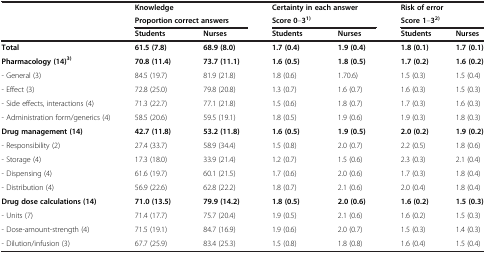
<table><thead><tr><td rowspan="2"></td><td colspan="2"><b>Knowledge</b></td><td colspan="2"><b>Certainty in each answer</b></td><td colspan="2"><b>Risk of error</b></td></tr><tr><td colspan="2"><b>Proportion correct answers</b></td><td colspan="2"><b>Score 0–3<sup>1)</sup></b></td><td colspan="2"><b>Score 1–3<sup>2)</sup></b></td></tr><tr><td></td><td><b>Students</b></td><td><b>Nurses</b></td><td><b>Students</b></td><td><b>Nurses</b></td><td><b>Students</b></td><td><b>Nurses</b></td></tr></thead><tbody><tr><td><b>Total</b></td><td><b>61.5 (7.8)</b></td><td><b>68.9 (8.0)</b></td><td><b>1.7 (0.4)</b></td><td><b>1.9 (0.4)</b></td><td><b>1.8 (0.1)</b></td><td><b>1.7 (0.1)</b></td></tr><tr><td><b>Pharmacology (14)</b><sup><b>3)</b></sup></td><td><b>70.8 (11.4)</b></td><td><b>73.7 (11.1)</b></td><td><b>1.6 (0.5)</b></td><td><b>1.8 (0.5)</b></td><td><b>1.7 (0.2)</b></td><td><b>1.6 (0.2)</b></td></tr><tr><td>- General (3)</td><td>84.5 (19.7)</td><td>81.9 (21.8)</td><td>1.8 (0.6)</td><td>1.70.6)</td><td>1.5 (0.3)</td><td>1.5 (0.4)</td></tr><tr><td>- Effect (3)</td><td>72.8 (25.0)</td><td>79.8 (20.8)</td><td>1.3 (0.7)</td><td>1.6 (0.7)</td><td>1.6 (0.3)</td><td>1.5 (0.3)</td></tr><tr><td>- Side effects, interactions (4)</td><td>71.3 (22.7)</td><td>77.1 (21.8)</td><td>1.5 (0.6)</td><td>1.8 (0.7)</td><td>1.7 (0.3)</td><td>1.6 (0.3)</td></tr><tr><td>- Administration form/generics (4)</td><td>58.5 (20.6)</td><td>59.5 (19.1)</td><td>1.8 (0.5)</td><td>1.9 (0.6)</td><td>1.9 (0.3)</td><td>1.8 (0.3)</td></tr><tr><td><b>Drug management (14)</b></td><td><b>42.7 (11.8)</b></td><td><b>53.2 (11.8)</b></td><td><b>1.6 (0.5)</b></td><td><b>1.9 (0.5)</b></td><td><b>2.0 (0.2)</b></td><td><b>1.9 (0.2)</b></td></tr><tr><td>- Responsibility (2)</td><td>27.4 (33.7)</td><td>58.9 (34.4)</td><td>1.5 (0.8)</td><td>2.0 (0.7)</td><td>2.2 (0.5)</td><td>1.8 (0.6)</td></tr><tr><td>- Storage (4)</td><td>17.3 (18.0)</td><td>33.9 (21.4)</td><td>1.2 (0.7)</td><td>1.5 (0.6)</td><td>2.3 (0.3)</td><td>2.1 (0.4)</td></tr><tr><td>- Dispensing (4)</td><td>61.6 (19.7)</td><td>60.1 (21.5)</td><td>1.7 (0.6)</td><td>2.0 (0.6)</td><td>1.7 (0.3)</td><td>1.8 (0.4)</td></tr><tr><td>- Distribution (4)</td><td>56.9 (22.6)</td><td>62.8 (22.2)</td><td>1.8 (0.7)</td><td>2.1 (0.6)</td><td>2.0 (0.4)</td><td>1.8 (0.4)</td></tr><tr><td><b>Drug dose calculations (14)</b></td><td><b>71.0 (13.5)</b></td><td><b>79.9 (14.2)</b></td><td><b>1.8 (0.5)</b></td><td><b>2.0 (0.6)</b></td><td><b>1.6 (0.2)</b></td><td><b>1.5 (0.3)</b></td></tr><tr><td>- Units (7)</td><td>71.4 (17.7)</td><td>75.7 (20.4)</td><td>1.9 (0.5)</td><td>2.1 (0.6)</td><td>1.6 (0.2)</td><td>1.5 (0.3)</td></tr><tr><td>- Dose-amount-strength (4)</td><td>71.5 (19.1)</td><td>84.7 (16.9)</td><td>1.9 (0.6)</td><td>2.0 (0.7)</td><td>1.5 (0.3)</td><td>1.4 (0.3)</td></tr><tr><td>- Dilution/infusion (3)</td><td>67.7 (25.9)</td><td>83.4 (25.3)</td><td>1.5 (0.8)</td><td>1.8 (0.8)</td><td>1.6 (0.4)</td><td>1.5 (0.4)</td></tr></tbody></table>